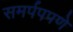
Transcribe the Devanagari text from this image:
समर्पपपणे